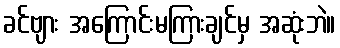
ခင်ဗျား အကြောင်းမကြားချင်မှ အဆုံးဘဲ။